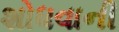
શોધવાની